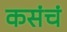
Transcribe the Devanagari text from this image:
कसंचं